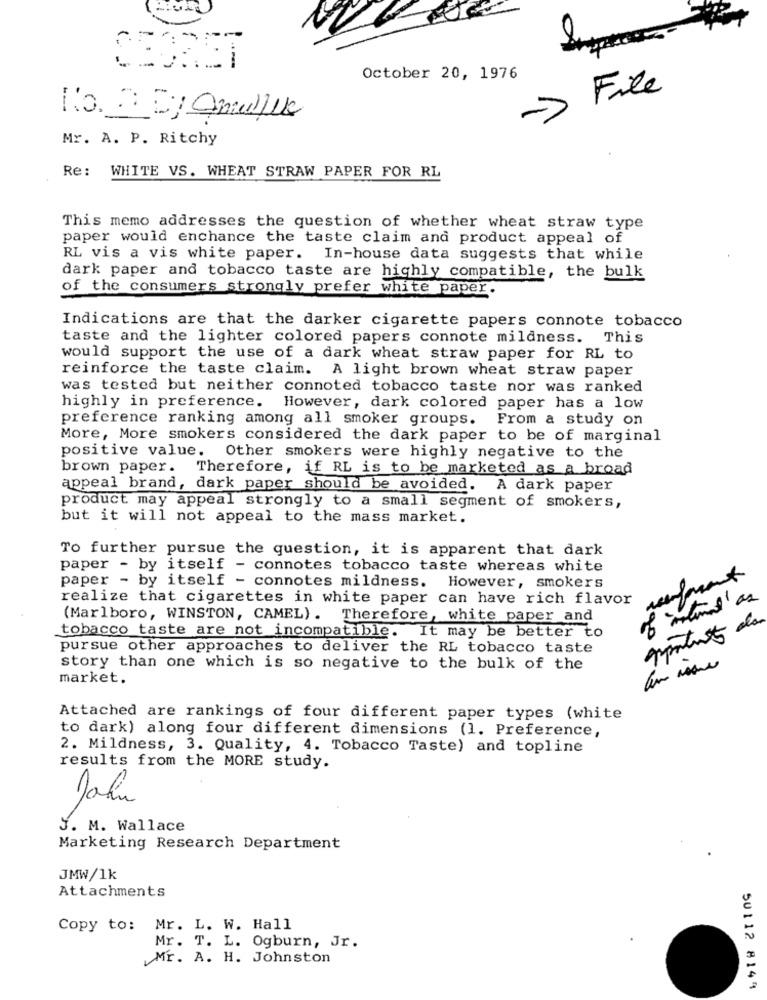
October 20, 1976
-> File
NO DIAmille
Mr. A. P. Ritchy
Re: WHITE VS. WHEAT STRAW PAPER FOR RL
This memo addresses the question of whether wheat straw type
paper would enchance the taste claim and product appeal of
RL vis a vis white paper. In-house data suggests that while
dark paper and tobacco taste are highly compatible, the bulk
of the consumers strongly prefer white paper.
Indications are that the darker cigarette papers connote tobacco
taste and the lighter colored papers connote mildness. This
would support the use of a dark wheat straw paper for RL to
reinforce the taste claim. A light brown wheat straw paper
was tested but neither connoted tobacco taste nor was ranked
highly in preference. However, dark colored paper has a low
preference ranking among all smoker groups. From a study on
More, More smokers considered the dark paper to be of marginal
positive value. Other smokers were highly negative to the
brown paper. Therefore, if RL is to be marketed as a broad
appeal brand, dark paper should be avoided. A dark paper
product may appeal strongly to a small segment of smokers,
but it will not appeal to the mass market.
To further pursue the question, it is apparent that dark
paper - by itself - connotes tobacco taste whereas white
paper - by itself - connotes mildness. However, smokers
realize that cigarettes in white paper can have rich flavor
(Marlboro, WINSTON, CAMEL) . Therefore, white paper and
apportate de
tobacco taste are not incompatible. It may be better to
pursue other approaches to deliver the RL tobacco taste
story than one which is so negative to the bulk of the
market.
Attached are rankings of four different paper types (white
to dark) along four different dimensions (1. Preference,
2. Mildness, 3. Quality, 4. Tobacco Taste) and topline
results from the MORE study.
Jahn
5. M. Wallace
Marketing Research Department
JMW/1k
Attachments
Copy to: Mr. L. W. Hall
Mr. T. L. Ogburn, Jr.
Mr. A. H. Johnston
50112 8144